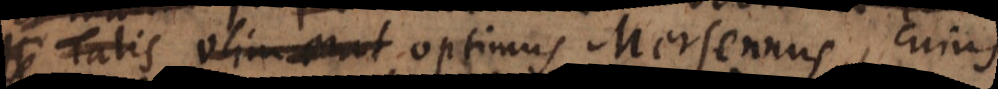
ingenio erat optimus Mersennus, cujus